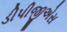
ડીપીજીએસ